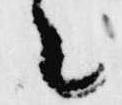
々